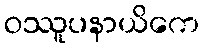
ဝဿူပနာယိကေ